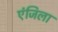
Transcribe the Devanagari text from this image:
एंजिला